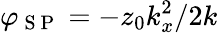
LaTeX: \varphi_{\mathrm{~S~P~}}=-z_{0}k_{x}^{2}/2k